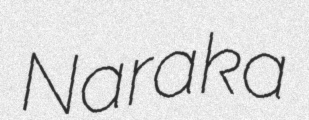
Naraka